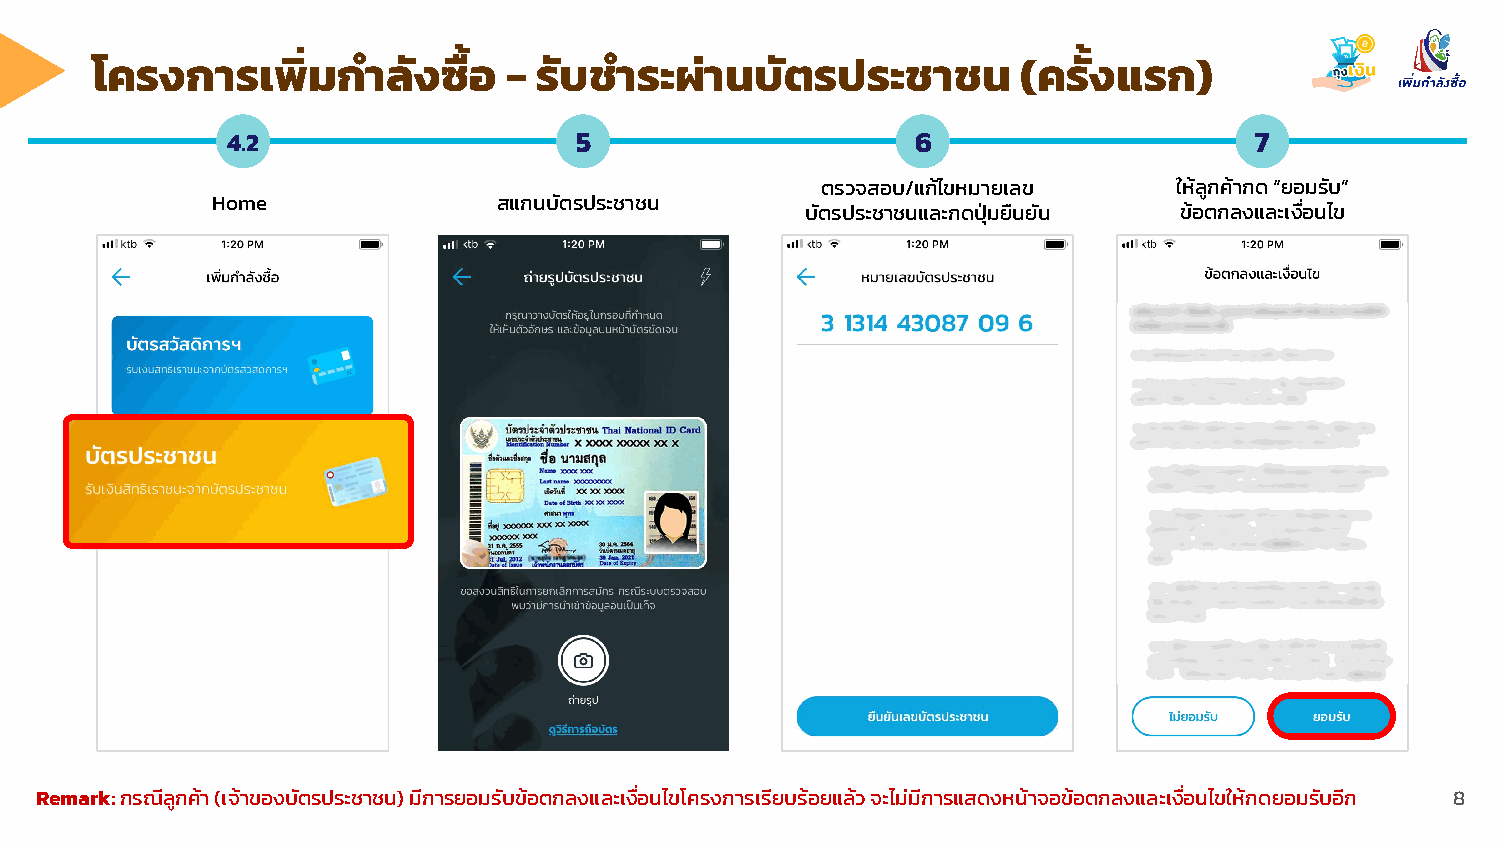
โครงการเพิ่มกําลังซื้อ      - รับชําระผ่านบัตรประชาชน         (ครั้งแรก)
 4.2                    5                      6                     7
 ตรวจสอบ/แก้ไขหมายเลข    ให้ลูกค้ากด “ยอมรับ”
 Home               สแกนบัตรประชาชน
 บัตรประชาชนและกดปุ่มยืนยัน ข้อตกลงและเงื่อนไข
 Remark: กรณีลูกค้า (เจ้าของบัตรประชาชน) มีการยอมรับข้อตกลงและเงื่อนไขโครงการเรียบร้อยแล้ว จะไม่มีการแสดงหน้าจอข้อตกลงและเงื่อนไขให้กดยอมรับอีก 8